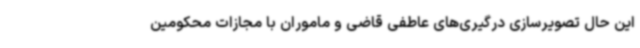
این حال تصویرسازی درگیری‌های عاطفی قاضی و ماموران با مجازات محکومین